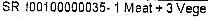
SR 100100000035- 1 MEAT + 3 VEGE